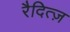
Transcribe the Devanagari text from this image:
रैदित्ज़